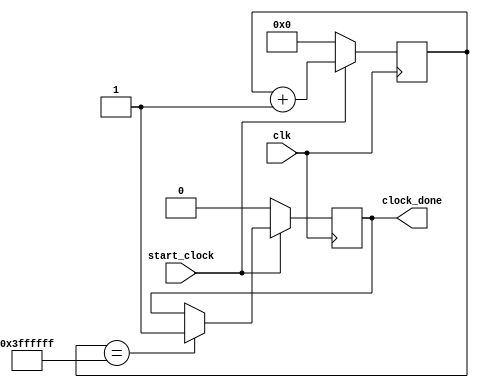
module timer(clk, start_clock, clock_done);
input clk;
input start_clock;
output reg clock_done;



parameter N = 26;
reg [N-1:0] slow_clock = 0;

always @ (posedge clk)
	begin
		
		if (start_clock == 1'b1)
			begin
				slow_clock <= slow_clock + 1'b1;
				if (slow_clock == 26'b1111111111111111111111111111)
					begin
					clock_done <= 1'b1;
					end

			end
		else
			begin
				slow_clock <= 26'b00000000000000000000000000;
				clock_done <= 1'b0;
			end
	end
	 
	 
	 
endmodule